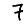
Digit: 7